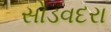
સોડવદરા